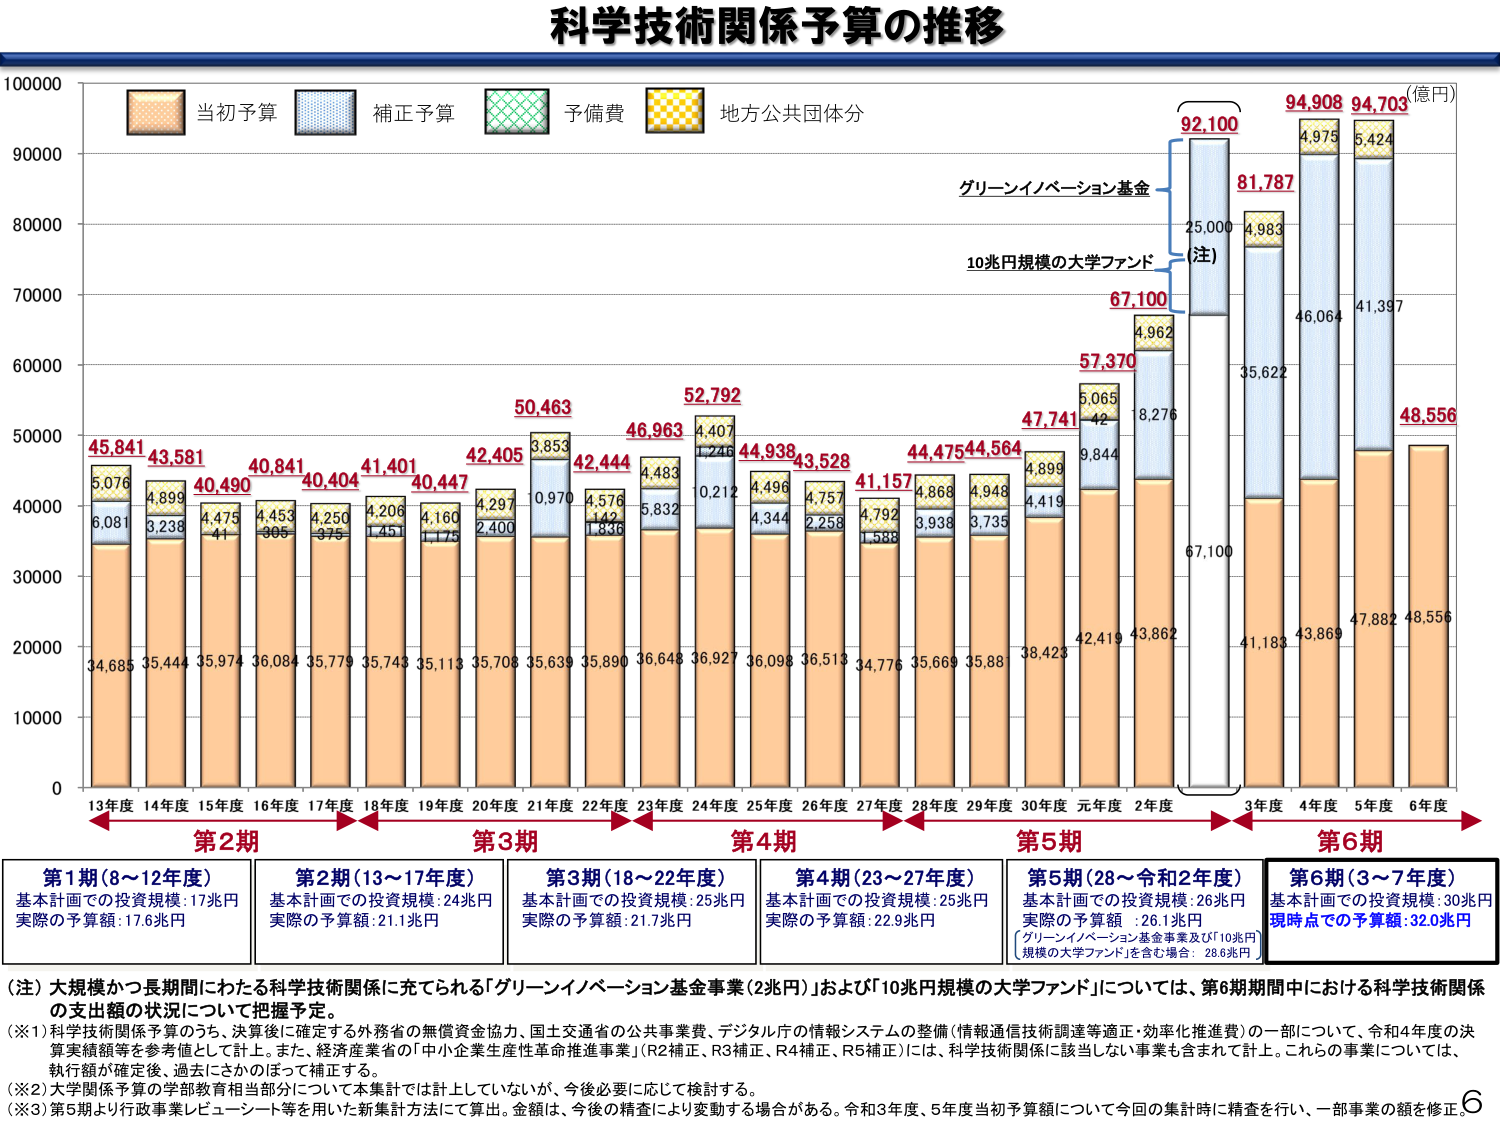
科学技術関係予算の推移

(億円)

当初予算
補正予算
予備費
地方公共団体分

グリーンイノベーション基金
10兆円規模の大学ファンド
(注)

92,100
81,787
25,000
4,983
94,908
4,975
94,703
5,424

67,100
57,370
4,962
5,065
42
18,276
47,741
4,899
4,419
9,844

48,556
47,882
43,869
41,183
67,100
35,622
46,064
41,387

45,841
43,581
40,490
40,841
40,404
41,401
40,447
42,405
50,463
3,853
42,444
4,576
142
1,836
46,963
4,483
5,832
52,792
4,407
1,246
44,938
4,496
4,344
43,528
4,757
2,258
41,157
4,792
1,588
44,475
4,868
3,938
44,564
4,948
3,735
38,423
42,419
43,862

34,685
35,444
35,974
36,084
35,779
35,743
35,113
35,708
35,639
35,890
36,648
36,927
36,098
36,513
34,776
35,669
35,88

5,076
6,081
4,899
3,238
4,475
41
4,453
306
4,250
375
4,206
1,451
4,160
1,175
4,297
2,400
10,970
4,483
5,832
0,212
4,496
4,344
4,757
2,258
4,792
1,588
4,868
3,938
4,948
3,735
4,899
4,419
9,844
18,276
4,983
25,000
4,975
5,424

13年度
14年度
15年度
16年度
17年度
18年度
19年度
20年度
21年度
22年度
23年度
24年度
25年度
26年度
27年度
28年度
29年度
30年度
元年度
2年度
3年度
4年度
5年度
6年度

第2期
第3期
第4期
第5期
第6期

第1期（8～12年度）
基本計画での投資規模：17兆円
実際の予算額：17.6兆円

第2期（13～17年度）
基本計画での投資規模：24兆円
実際の予算額：21.1兆円

第3期（18～22年度）
基本計画での投資規模：25兆円
実際の予算額：21.7兆円

第4期（23～27年度）
基本計画での投資規模：25兆円
実際の予算額：22.9兆円

第5期（28～令和2年度）
基本計画での投資規模：26兆円
実際の予算額：26.1兆円
（グリーンイノベーション基金事業及び「10兆円規模の大学ファンド」を含む場合：28.6兆円）

第6期（3～7年度）
基本計画での投資規模：30兆円
現時点での予算額：32.0兆円

（注）大規模かつ長期間にわたる科学技術関係に充てられる「グリーンイノベーション基金事業（2兆円）」および「10兆円規模の大学ファンド」については、第6期期間中における科学技術関係の支出額の状況について把握予定。

（※1）科学技術関係予算のうち、決算後に確定する外務省の無償資金協力、国土交通省の公共事業費、デジタル庁の情報システムの整備（情報通信技術調達等適正・効率化推進費）の一部について、令和4年度の決算実績額等を参考として計上。また、経済産業省の「中小企業生産性革命推進事業」（R2補正、R3補正、R4補正、R5補正）には、科学技術関係に該当しない事業も含まれて計上。これらの事業については、執行額が確定後、過去にさかのぼって補正する。

（※2）大学関係予算の学部教育相当部分については本集計では計上していないが、今後必要に応じて検討する。

（※3）第5期より行政事業レビュー・シート等を用いた新集計方法にて算出。金額は、今後の精査により変動する場合がある。令和3年度、5年度当初予算額について今回の集計時に精査を行い、一部事業の額を修正。

6